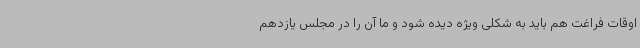
اوقات فراغت هم باید به شکلی ویژه دیده شود و ما آن را در مجلس یازدهم